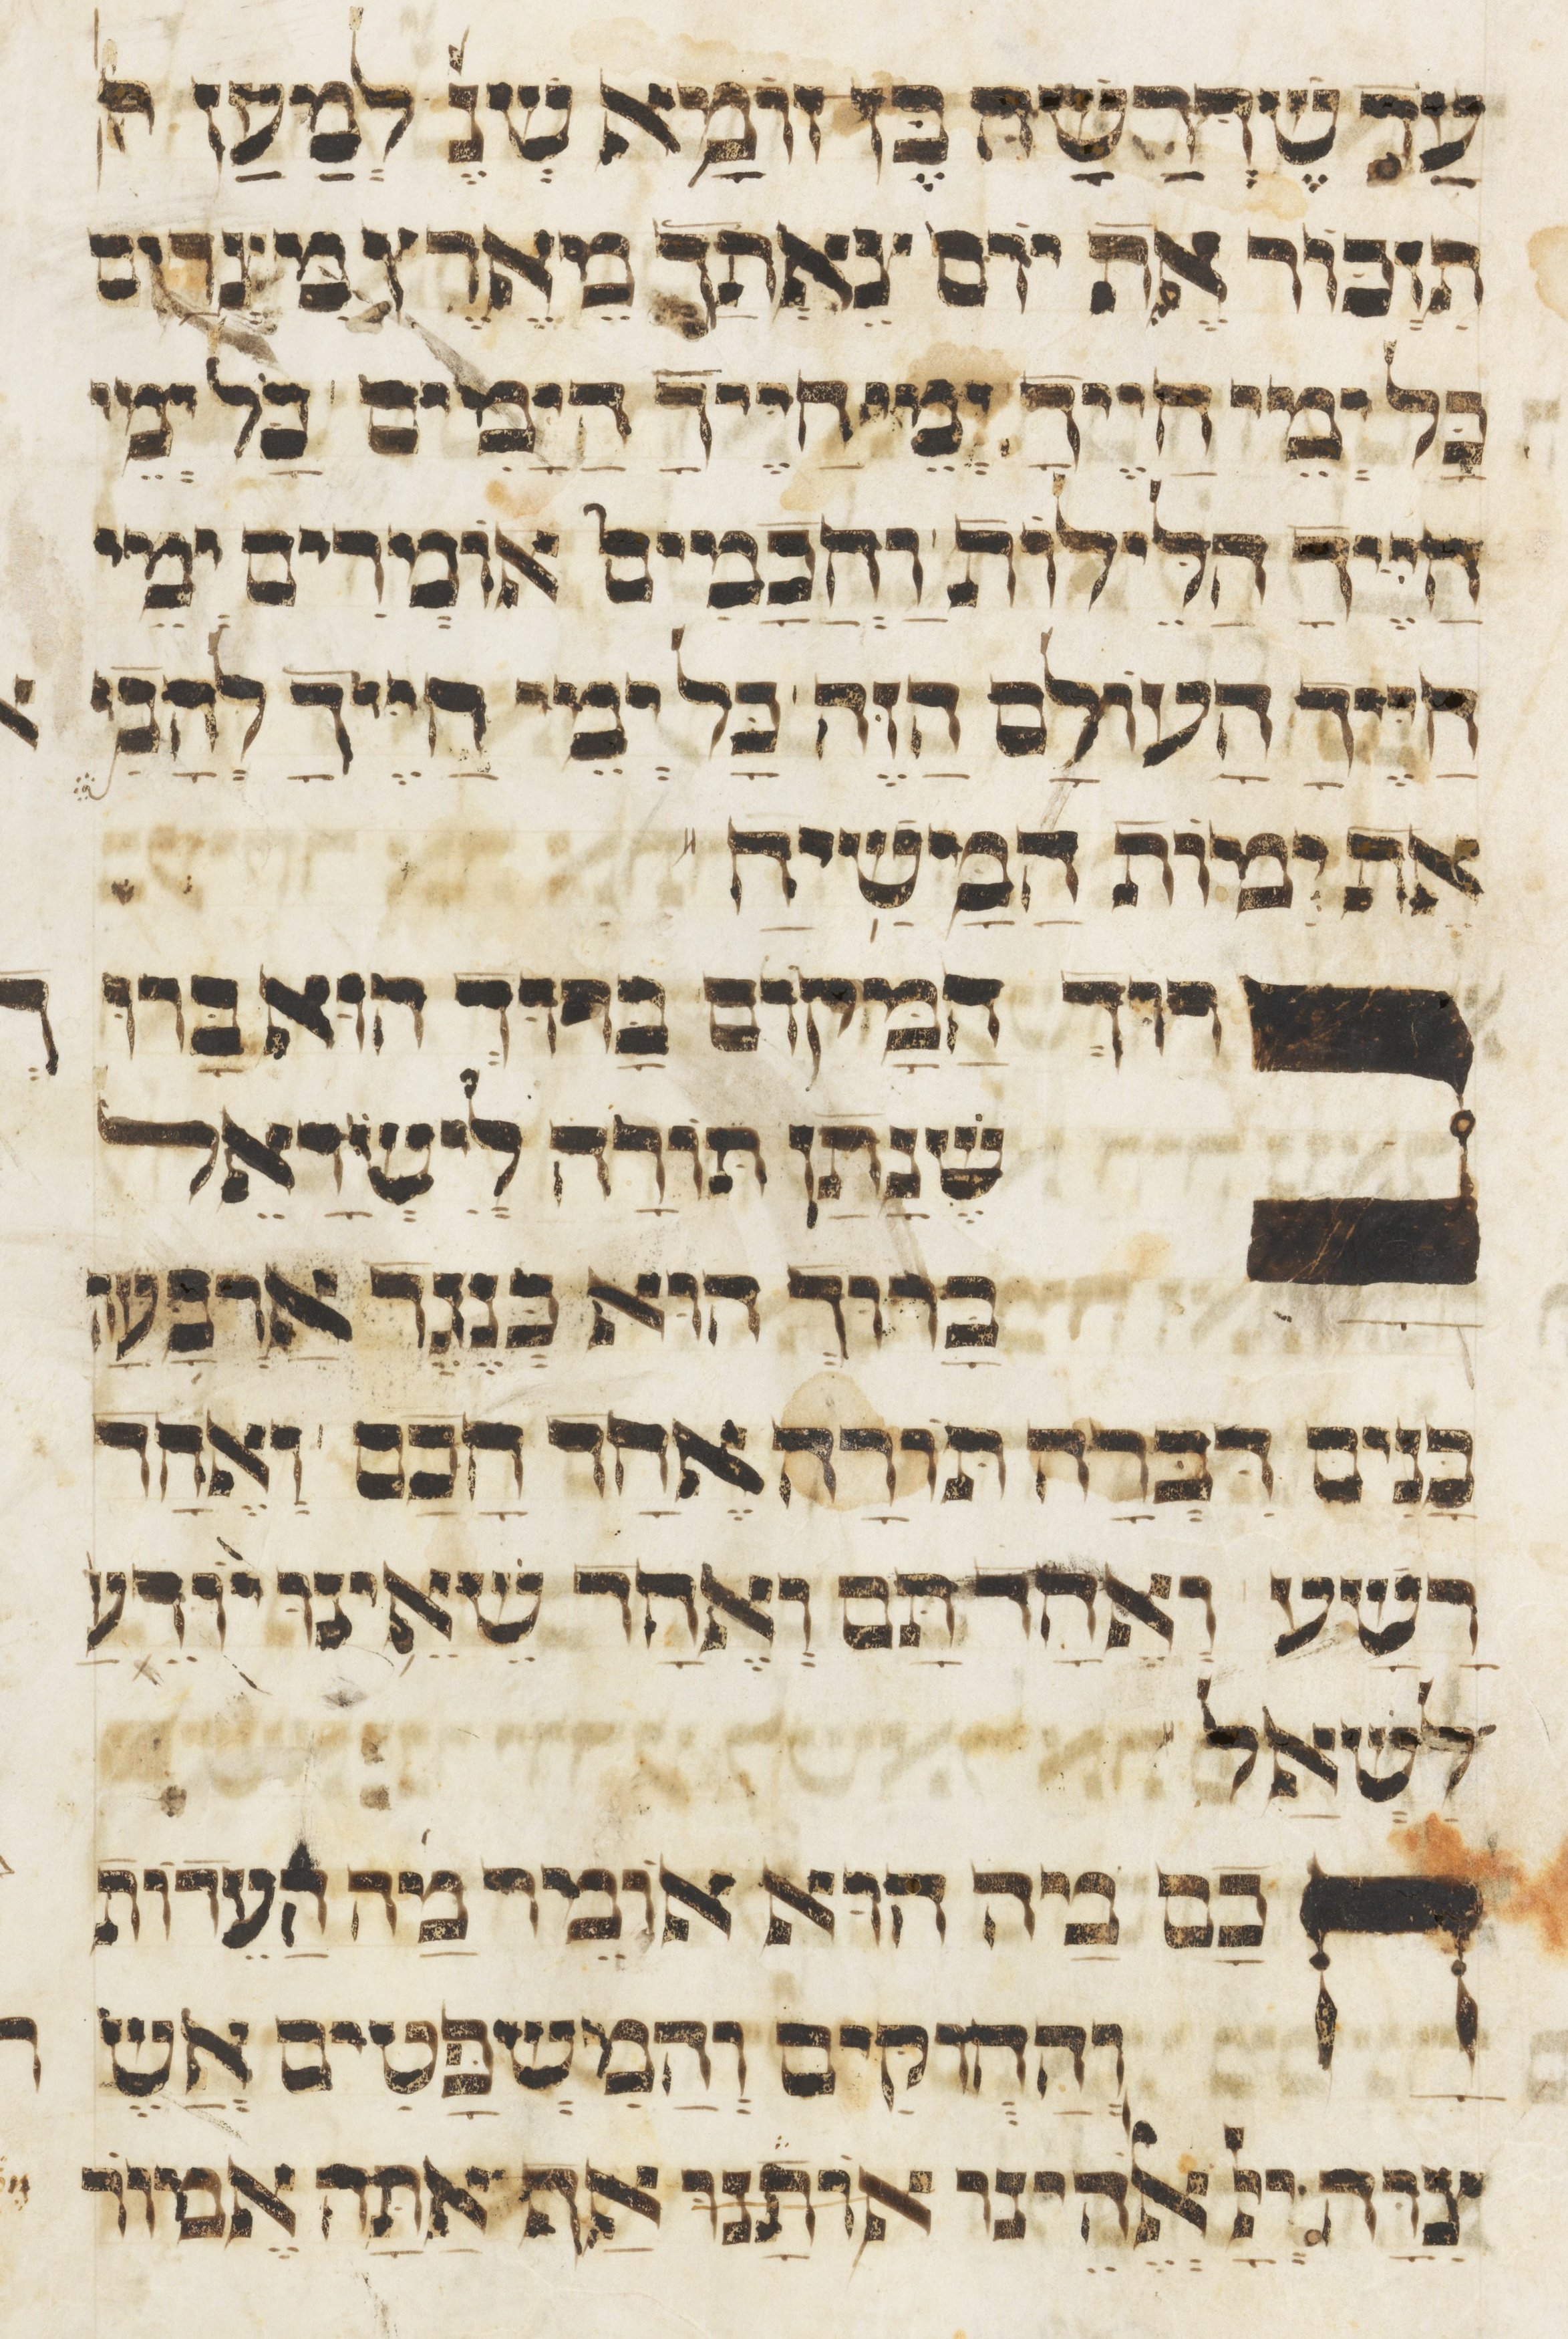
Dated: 1400–1499